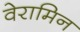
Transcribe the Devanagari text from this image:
वेरामिन